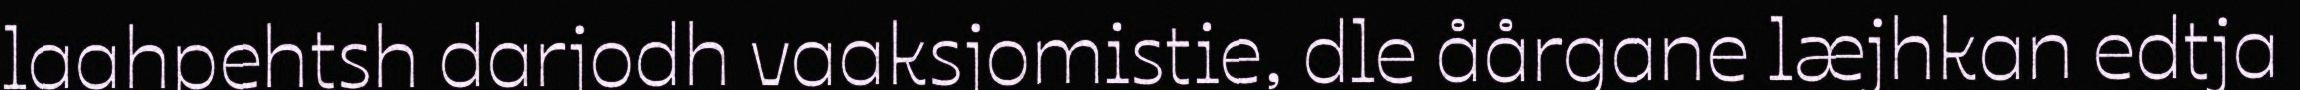
laahpehtsh darjodh vaaksjomistie, dle åårgane læjhkan edtja